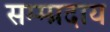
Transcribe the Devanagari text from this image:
सम्म्प्रदाय